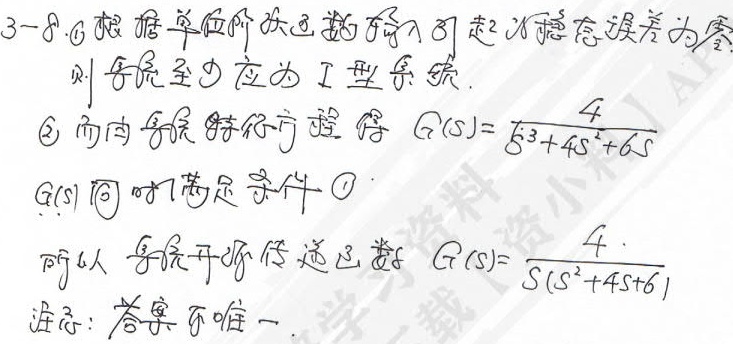
3 - 8.
\textcircled{1}根据单位阶跃函数输入引起的稳态误差为零，则系统至少应为 I 型系统.
\textcircled{2} 而由系统特征方程得 \(G(s)=\frac{4}{s^{3}+4s^{2}+6s}\)
\(G(s)\) 同时满足条件 \textcircled{1}
所以系统开环传递函数 \(G(s)=\frac{4}{s(s^{2}+4s + 6)}\)
注意：答案不唯一.